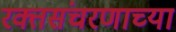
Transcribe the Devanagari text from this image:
रक्तसंचरणाच्या